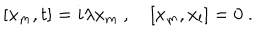
[ x _ { m } , t ] = i \lambda x _ { m } ~ , ~ [ x _ { m } , x _ { l } ] = 0 ~ .